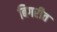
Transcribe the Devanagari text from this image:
बिगरीत